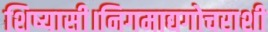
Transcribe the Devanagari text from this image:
शिष्यासी।निगमाद्यगोचराशी